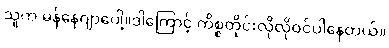
သူက မန်နေဂျာပေါ့။ဒါကြောင့် ကိစ္စတိုင်းလိုလိုဝင်ပါနေတယ်။